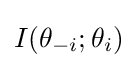
I(\theta _{-i};\theta _{i})